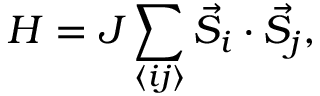
H = J \sum _ { \langle i j \rangle } \vec { S } _ { i } \cdot \vec { S } _ { j } ,